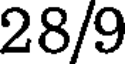
28/9